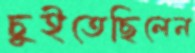
চুইতেছিলেন